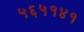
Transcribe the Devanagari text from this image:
५६५१४१